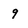
Character: 9